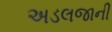
અડલજાની